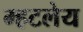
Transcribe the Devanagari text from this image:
म्हटलेय